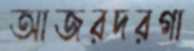
আজরদরগা